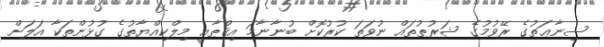
ސިނާޢަތުގެ ރޭވުމުގެ ޝަރުޠުތައް ނުވަތަ ކުރުކޮށް ބުނާނާމަ އިޤްޠާޢީ މިލްކިއްޔާތުގެ ގުޅުންތަކާ އަލަށް